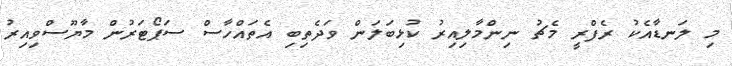
މި ލަނޑާއެކު ރެފްރީ މެޗު ނިންމާލިއިރު ކުޅިބަލަން ވަދެތިބި އެތައްހާސް ސަޕޯޓަރުން މާޔޫސްވިއިރު